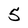
Character: 5